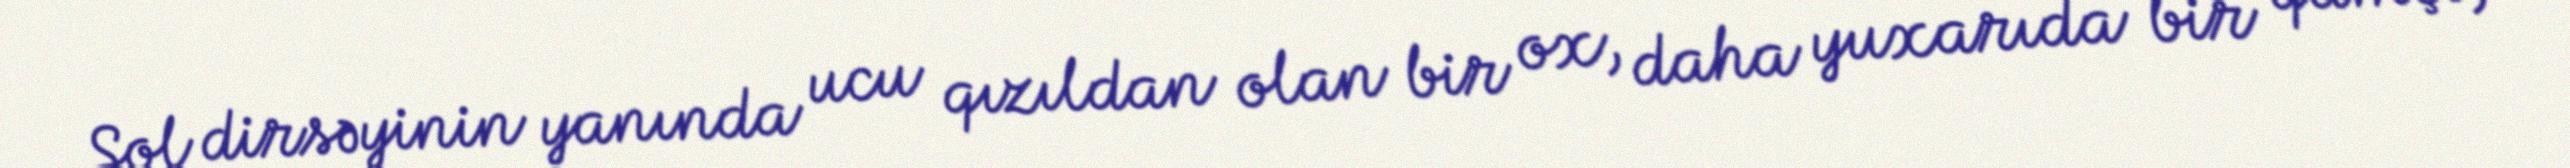
Sol dirsəyinin yanında ucu qızıldan olan bir ox, daha yuxarıda bir qamçı,